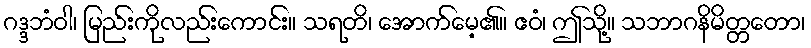
ဂဒ္ဒဘံဝါ၊ မြည်းကိုလည်းကောင်း။ သရတိ၊ အောက်မေ့၏။ ဧဝံ၊ ဤသို့။ သဘာဂနိမိတ္တတော၊